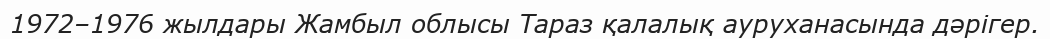
1972–1976 жылдары Жамбыл облысы Тараз қалалық ауруханасында дәрігер.